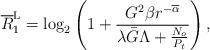
LaTeX: \begin{align*}{\overline{R}}^{\mathrm{L}}_1= {\log _2}\left( 1 + \frac{{G_{}^2\beta }r^{-{\overline{\alpha}}}}{{ { \lambda \bar{ G} \Lambda + \frac{N_o}{P_t}} }} \right),\end{align*}